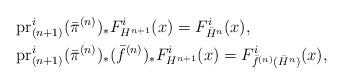
LaTeX: \begin{align*}&\mathrm{pr}^{i}_{(n+1)} (\bar{\pi}^{(n)})_{*} F^{i}_{H^{n+1}}(x) = F^{i}_{\bar{H}^{n}}(x),\\&\mathrm{pr}^{i}_{(n+1)}(\bar{\pi}^{(n)})_{*} (\bar{f}^{(n)})_{*} F^{i}_{H^{n+1}}(x) = F^{i}_{\bar{f}^{(n)}(\bar{H}^{n})}(x),\end{align*}